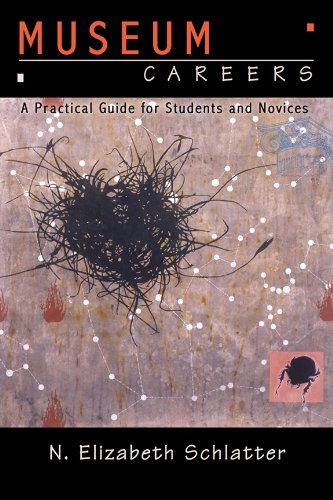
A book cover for MUSEUM CAREERS: A PRACTICAL GUIDE FOR STUDENTS AND NOVICES; N Elizabeth Schlatter; Arts & Photography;